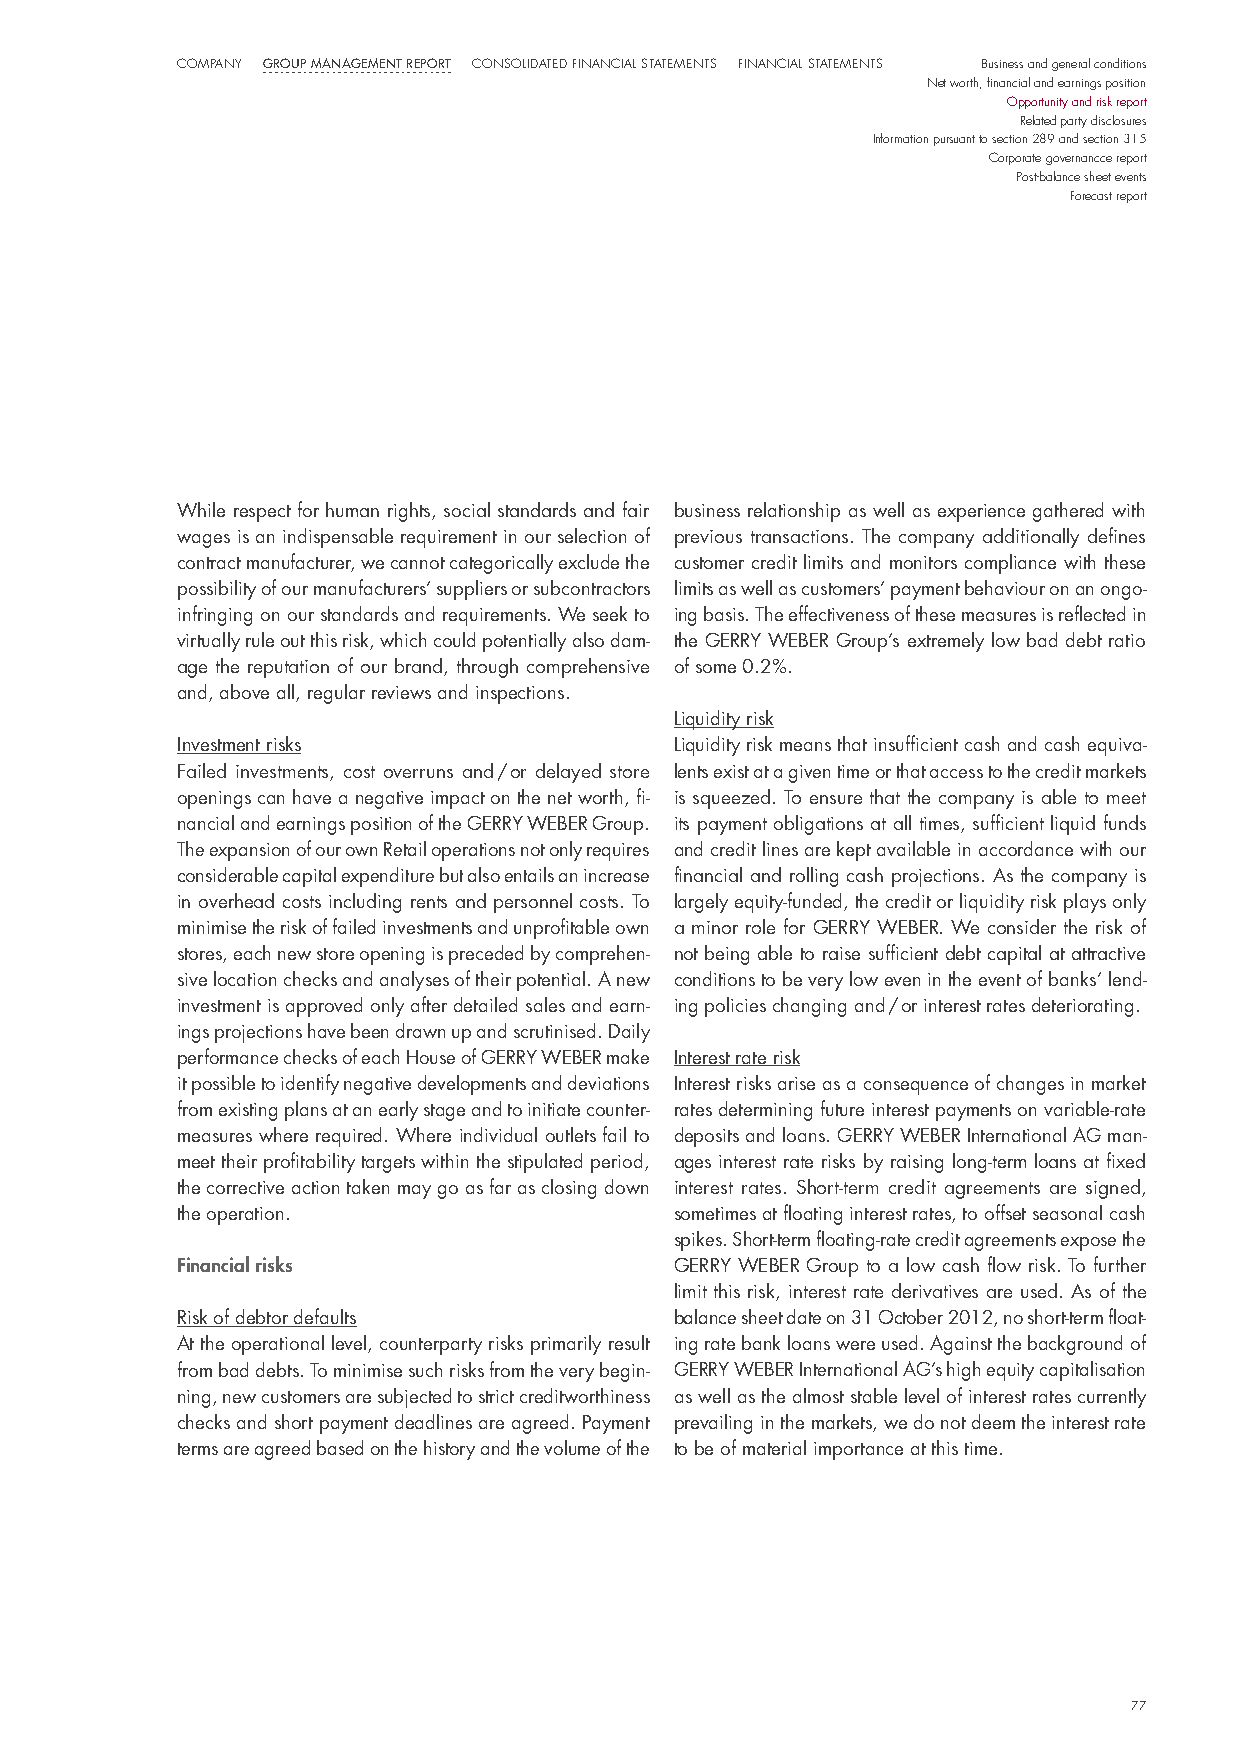
company Group ManaGeMent report consolidated Financial statements Financial statements Business and general conditions
 net worth, financial and earnings position
 opportunity and risk report
 Related party disclosures
 information pursuant to section 289 and section 315
 corporate governancce report
 post-balance sheet events
 Forecast report
 While respect for human rights, social standards and fair business relationship as well as experience gathered with
 wages is an indispensable requirement in our selection of previous transactions. The company additionally defines
 contract manufacturer, we cannot categorically exclude the customer credit limits and monitors compliance with these
 possibility of our manufacturers’ suppliers or subcontractors limits as well as customers’ payment behaviour on an ongo-
 infringing on our standards and requirements. We seek to ing basis. The effectiveness of these measures is reflected in
 virtually rule out this risk, which could potentially also dam- the GeRRY WeBeR Group’s extremely low bad debt ratio
 age the reputation of our brand, through comprehensive of some 0.2%.
 and, above all, regular reviews and inspections.
 liquidity risk
 investment risks                 liquidity risk means that insufficient cash and cash equiva-
 Failed investments, cost overruns and / or delayed store lents exist at a given time or that access to the credit markets
 openings can have a negative impact on the net worth, fi- is squeezed. To ensure that the company is able to meet
 nancial and earnings position of the GeRRY WeBeR Group. its payment obligations at all times, sufficient liquid funds
 The expansion of our own Retail operations not only requires and credit lines are kept available in accordance with our
 considerable capital expenditure but also entails an increase financial and rolling cash projections. As the company is
 in overhead costs including rents and personnel costs. To largely equity-funded, the credit or liquidity risk plays only
 minimise the risk of failed investments and unprofitable own a minor role for GeRRY WeBeR. We consider the risk of
 stores, each new store opening is preceded by comprehen- not being able to raise sufficient debt capital at attractive
 sive location checks and analyses of their potential. A new conditions to be very low even in the event of banks’ lend-
 investment is approved only after detailed sales and earn- ing policies changing and / or interest rates deteriorating.
 ings projections have been drawn up and scrutinised. daily
 performance checks of each house of GeRRY WeBeR make interest rate risk
 it possible to identify negative developments and deviations interest risks arise as a consequence of changes in market
 from existing plans at an early stage and to initiate counter- rates determining future interest payments on variable-rate
 measures where required. Where individual outlets fail to deposits and loans. GeRRY WeBeR international AG man-
 meet their profitability targets within the stipulated period, ages interest rate risks by raising long-term loans at fixed
 the corrective action taken may go as far as closing down interest rates. short-term credit agreements are signed,
 the operation.                   sometimes at floating interest rates, to offset seasonal cash
 spikes. short-term floating-rate credit agreements expose the
 financial risks                  GeRRY WeBeR Group to a low cash flow risk. To further
 limit this risk, interest rate derivatives are used. As of the
 Risk of debtor defaults          balance sheet date on 31 october 2012, no short-term float-
 At the operational level, counterparty risks primarily result ing rate bank loans were used. Against the background of
 from bad debts. To minimise such risks from the very begin- GeRRY WeBeR international AG’s high equity capitalisation
 ning, new customers are subjected to strict creditworthiness as well as the almost stable level of interest rates currently
 checks and short payment deadlines are agreed. payment prevailing in the markets, we do not deem the interest rate
 terms are agreed based on the history and the volume of the to be of material importance at this time.
 77